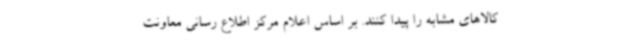
کالاهای مشابه را پیدا کنند. بر اساس اعلام مرکز اطلاع رسانی معاونت